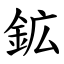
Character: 鉱